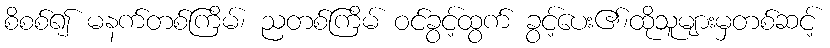
စိစစ်၍ မနက်တစ်ကြိမ်၊ ညတစ်ကြိမ် ဝင်ခွင့်ထွက် ခွင့်ပေး၏၊ထိုသူများမှတစ်ဆင့်